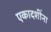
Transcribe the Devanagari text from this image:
एकादशींना